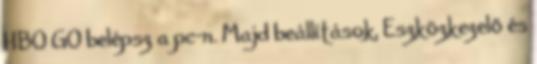
HBO GO belépsz a pc-n. Majd beállítások, Eszközkezelő és